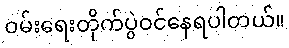
ဝမ်းရေးတိုက်ပွဲဝင်နေရပါတယ်။